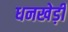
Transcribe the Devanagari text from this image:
धनखेड़ी